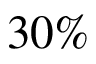
3 0 \%